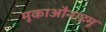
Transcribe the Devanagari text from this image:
मूकाऔनाहमू